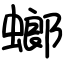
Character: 螂